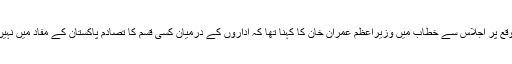
اس موقع پر اجلاس سے خطاب میں وزیراعظم عمران خان کا کہنا تھا کہ اداروں کے درمیان کسی قسم کا تصادم پاکستان کے مفاد میں نہیں ہے۔